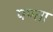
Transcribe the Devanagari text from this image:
पण्ता